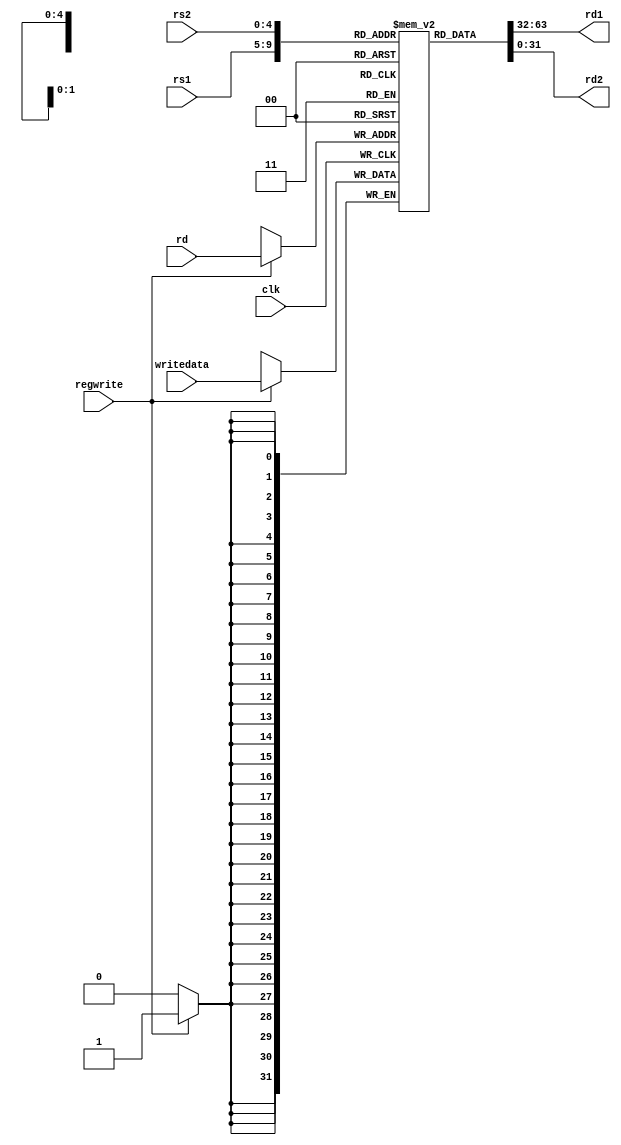
module registerfile(rs1,rs2,rd,writedata,regwrite,rd1,rd2,clk);
input [4:0] rs1,rs2,rd;
input [31:0] writedata;
input regwrite,clk;
output [31:0] rd1,rd2;
reg [31:0] rf [31:0];
assign rd1 = rf[rs1];
assign rd2 = rf[rs2];
integer i;
always @(posedge clk)
if (regwrite)
 begin
 rf[rd] = writedata;
 end
initial 
begin
  for(i=0; i<32; i=i+1)
 begin
 rf[i] = i;
 end
end
endmodule